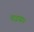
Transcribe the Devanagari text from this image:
पाइया।